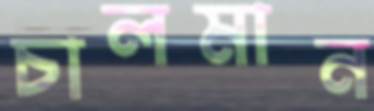
চালমান